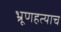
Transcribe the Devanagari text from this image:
भ्रूणहत्याच